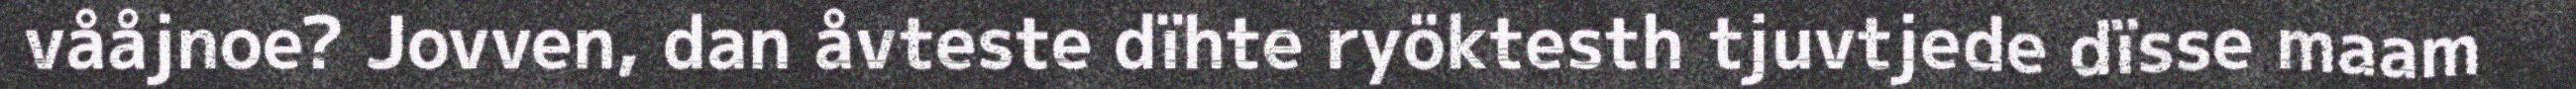
vååjnoe? Jovven, dan åvteste dïhte ryöktesth tjuvtjede dïsse maam